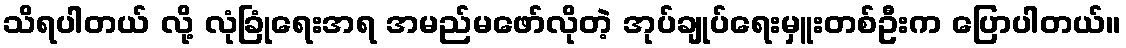
သိရပါတယ် လို့ လုံခြုံရေးအရ အမည်မဖော်လိုတဲ့ အုပ်ချုပ်ရေးမှူးတစ်ဦးက ပြောပါတယ်။